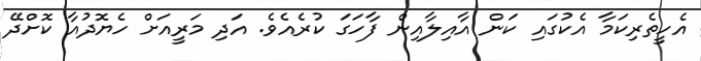
އެހީތެރިކަމާ އެކުގައި ކަން އާއިލާއިން ފާހަގަ ކުރެއެވެ. އަދި މަރީއަށް ހެޔޮދުއާ ކޮށްދޭ